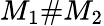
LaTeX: M_{1}\# M_{2}